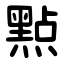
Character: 㸃